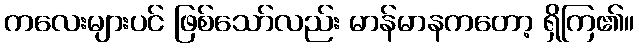
ကလေးများပင် ဖြစ်သော်လည်း မာန်မာနကတော့ ရှိကြ၏။